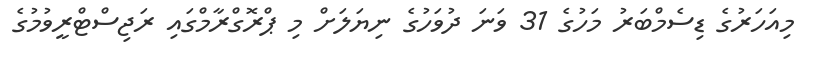
މިއަހަރުގެ ޑިސެމްބަރު މަހުގެ 31 ވަނަ ދުވަހުގެ ނިޔަލަށް މި ޕްރޮގްރާމްގައި ރަޖިސްޓްރީވުމުގެ